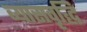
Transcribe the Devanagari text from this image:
व्यासवृद्धि